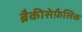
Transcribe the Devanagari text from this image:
ब्रैकीसेफ़ैलिक